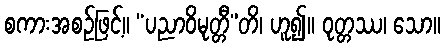
စကားအစဉ်ဖြင့်။ “ပညာဝိမုတ္တီ”တိ၊ ဟူ၍။ ဝုတ္တဿ၊ သော။